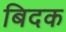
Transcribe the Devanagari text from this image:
बिदक